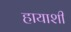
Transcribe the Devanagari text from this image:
हायाशी